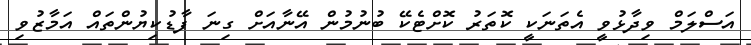
އަސްލަމް ވިދާޅުވީ އެތަނަކީ ކޮތަރު ކޮށްޓެކޭ ބުނުމުން އޭނާއަށް ގިނަ ފާޑުކިޔުންތައް އަމާޒުވި